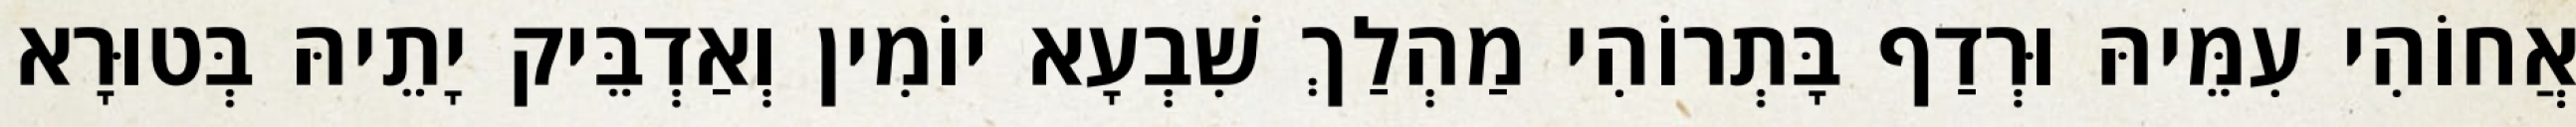
אֲחוֹהִי עִמֵּיהּ וּרְדַף בָּתְרוֹהִי מַהְלַךְ שִׁבְעָא יוֹמִין וְאַדְבֵּיק יָתֵיהּ בְּטוּרָא